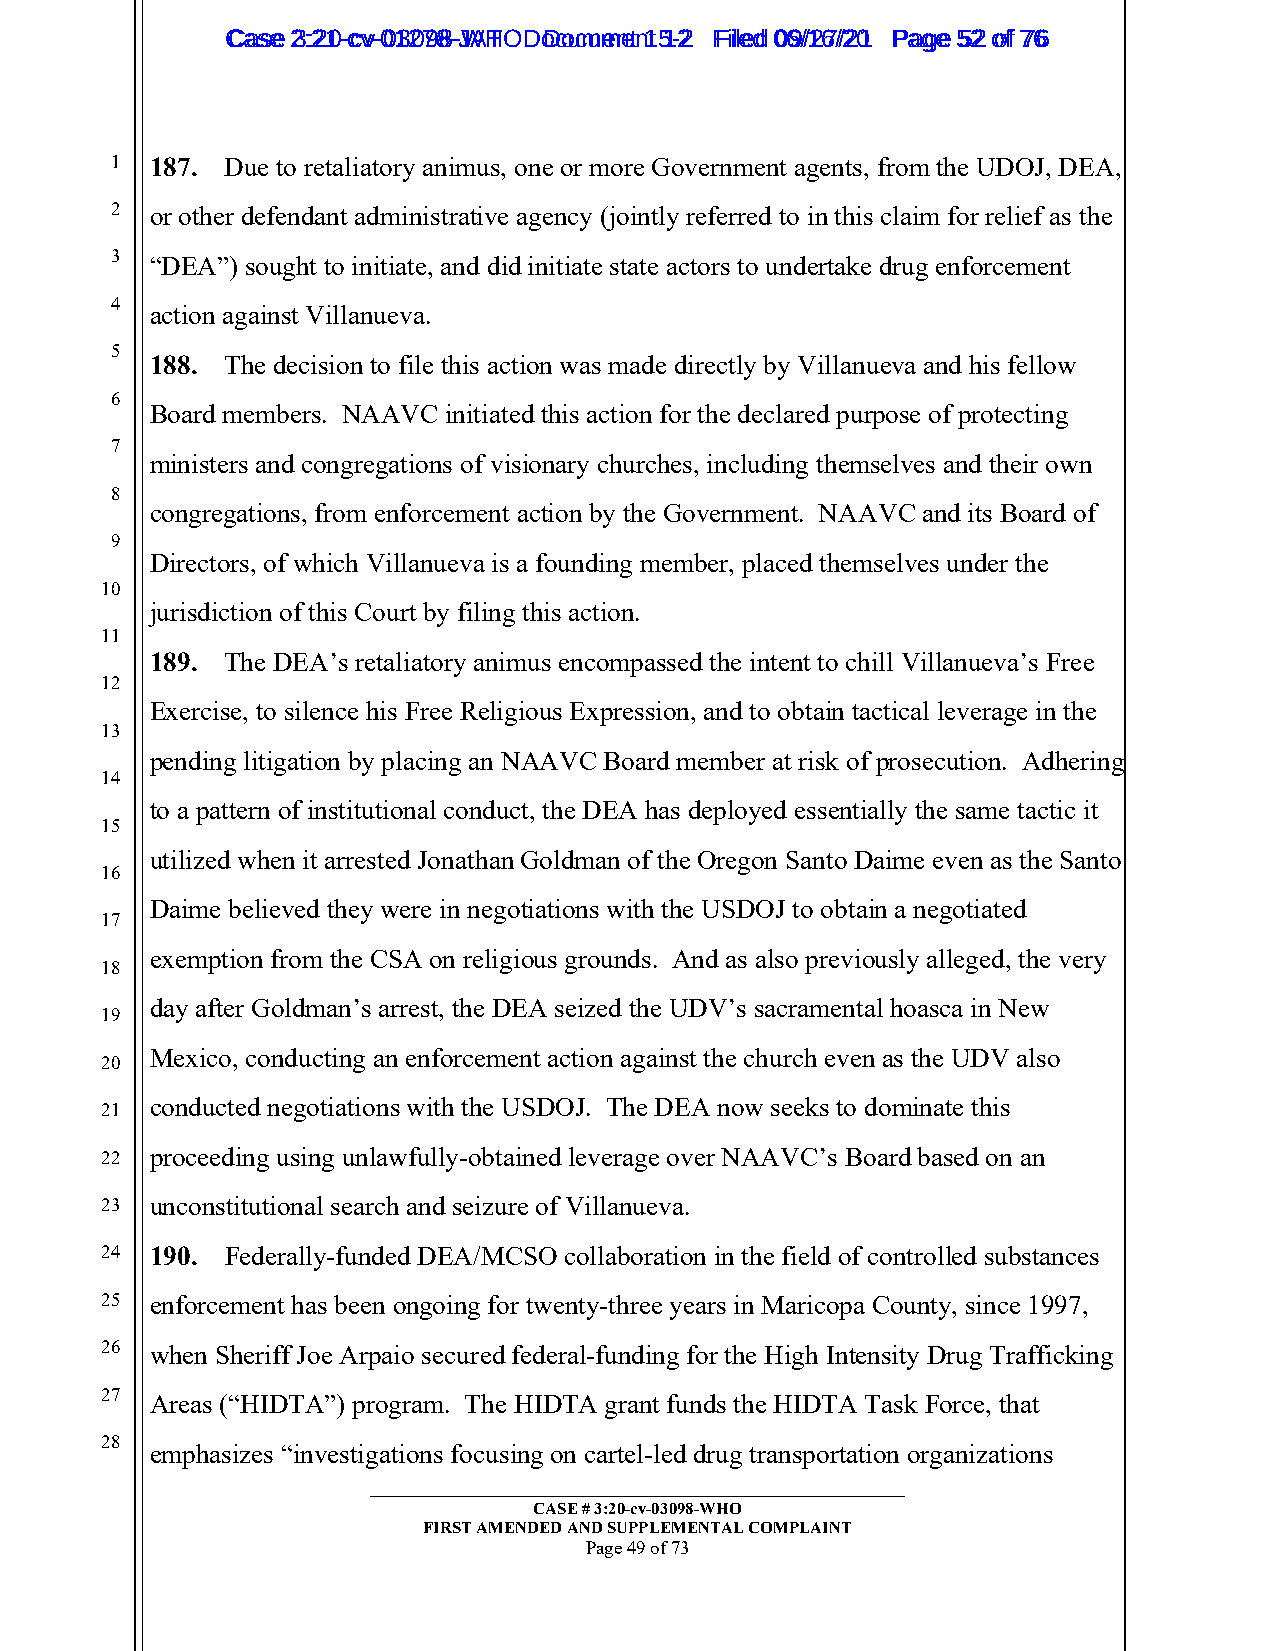
CCaassee 23::2210--ccvv--0013207988--JWAHT O D oDcoucmumenetn 1t 51-22 FFiilleedd 0069//1267//2201 PPaaggee 5522 ooff 7766
 1  187. Due to retaliatory animus, one or more Government agents, from the UDOJ, DEA,
 2  or other defendant administrative agency (jointly referred to in this claim for relief as the
 3  “DEA”) sought to initiate, and did initiate state actors to undertake drug enforcement
 4
 action against Villanueva.
 5
 188. The decision to file this action was made directly by Villanueva and his fellow
 6
 Board members. NAAVC initiated this action for the declared purpose of protecting
 7
 ministers and congregations of visionary churches, including themselves and their own
 8
 congregations, from enforcement action by the Government. NAAVC and its Board of
 9
 Directors, of which Villanueva is a founding member, placed themselves under the
 10
 jurisdiction of this Court by filing this action.
 11
 189. The DEA’s retaliatory animus encompassed the intent to chill Villanueva’s Free
 12
 Exercise, to silence his Free Religious Expression, and to obtain tactical leverage in the
 13
 pending litigation by placing an NAAVC Board member at risk of prosecution. Adhering
 14
 to a pattern of institutional conduct, the DEA has deployed essentially the same tactic it
 15
 utilized when it arrested Jonathan Goldman of the Oregon Santo Daime even as the Santo
 16
 Daime believed they were in negotiations with the USDOJ to obtain a negotiated
 17
 exemption from the CSA on religious grounds. And as also previously alleged, the very
 18
 day after Goldman’s arrest, the DEA seized the UDV’s sacramental hoasca in New
 19
 Mexico, conducting an enforcement action against the church even as the UDV also
 20
 conducted negotiations with the USDOJ. The DEA now seeks to dominate this
 21
 22 proceeding using unlawfully-obtained leverage over NAAVC’s Board based on an
 23 unconstitutional search and seizure of Villanueva.
 24 190. Federally-funded DEA/MCSO collaboration in the field of controlled substances
 25 enforcement has been ongoing for twenty-three years in Maricopa County, since 1997,
 26 when Sheriff Joe Arpaio secured federal-funding for the High Intensity Drug Trafficking
 27 Areas (“HIDTA”) program. The HIDTA grant funds the HIDTA Task Force, that
 28
 emphasizes “investigations focusing on cartel-led drug transportation organizations
 _________________________________________________________
 CASE # 3:20-cv-03098-WHO
 FIRST AMENDED AND SUPPLEMENTAL COMPLAINT
 Page 49 of 73